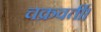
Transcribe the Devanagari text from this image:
चक्रवर्ती।